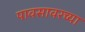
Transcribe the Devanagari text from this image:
पावसावरच्या